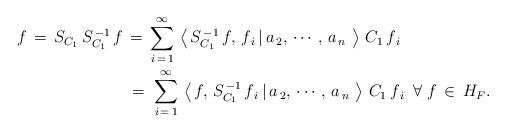
LaTeX: \begin{align*}f \,=\, S_{C_{1}}\, S^{\,-1}_{C_{1}}\,f &\,=\, \sum\limits^{\infty}_{i \,=\, 1}\,\left <\,S^{\,-1}_{C_{1}}\,f,\, f_{\,i} \,|\, a_{\,2},\, \cdots,\, a_{\,n}\,\,\right >\,C_{1}\,f_{\,i}\\& \;=\; \sum\limits^{\infty}_{i \,=\, 1}\,\left <\,f,\, S^{\,-1}_{C_{1}}\,f_{\,i} \,|\, a_{\,2},\, \cdots,\, a_{\,n}\,\,\right >\,C_{1}\,f_{\,i}\; \;\forall\; f \,\in\, H_{F}.\\\end{align*}